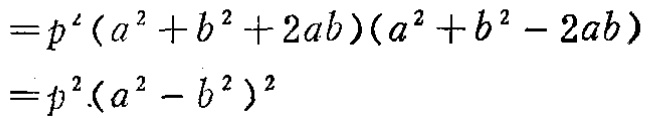
\[
\begin{align*}
&=p^{2}(a^{2}+b^{2}+2ab)(a^{2}+b^{2}-2ab)\\
&=p^{2}(a^{2}-b^{2})^{2}
\end{align*}
\]